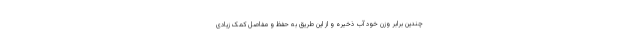
چندین برابر وزن خود آب ذخیره و از این طریق به حفظ و مفاصل کمک زیادی